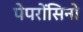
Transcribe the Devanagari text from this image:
पेपरोंसिनो